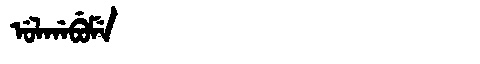
Manchu: ᡠᠯᡤᠠᠪᡠᠮᡝ
Romanization: ULGABUME